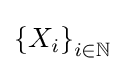
\left\{X_{i}\right\}_{i\in \mathbb {N} }